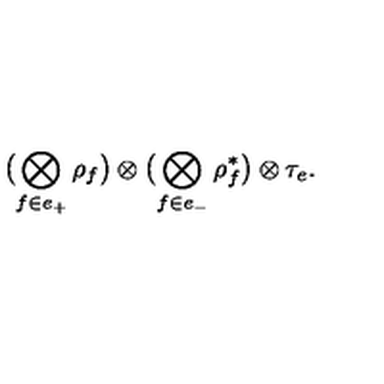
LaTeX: \bigl ( \bigotimes _ { f \in e _ { + } } \rho _ { f } \bigr ) \otimes \bigl ( \bigotimes _ { f \in e _ { - } } \rho _ { f } ^ { \ast } \bigr ) \otimes \tau _ { e } .